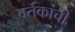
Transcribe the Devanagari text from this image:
वर्तकांची